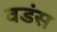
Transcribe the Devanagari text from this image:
वडंस